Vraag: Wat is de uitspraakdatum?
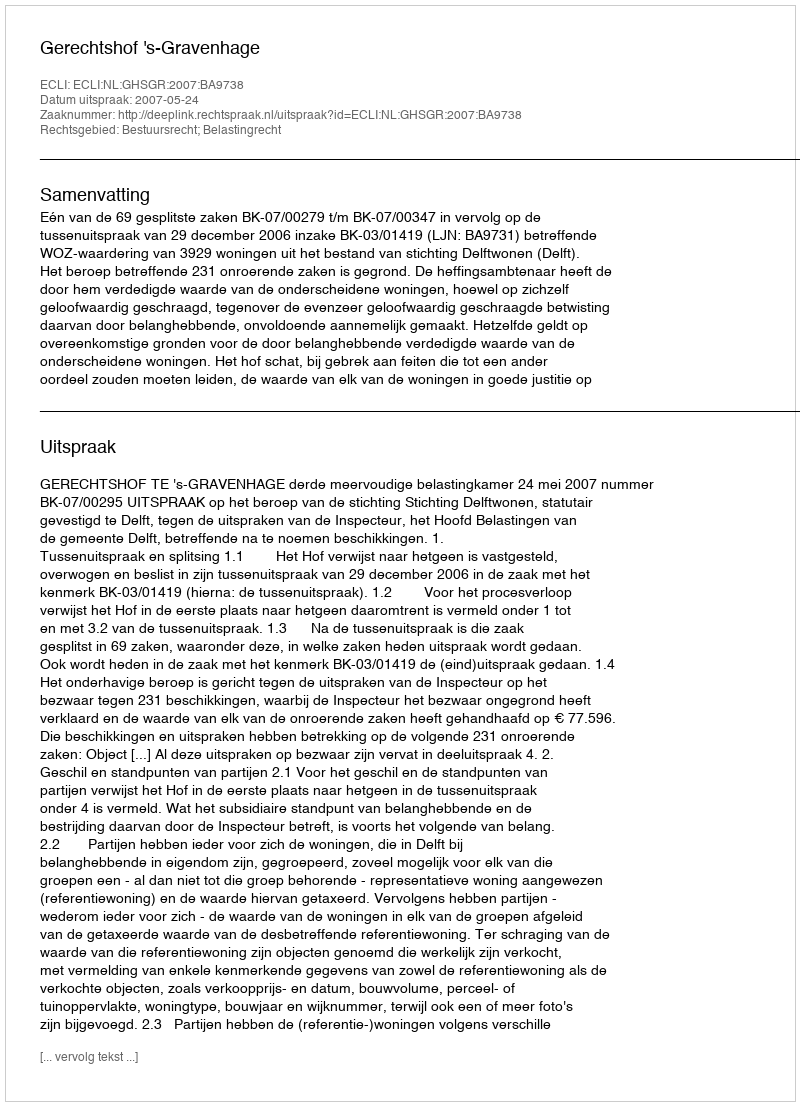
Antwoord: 2007-05-24